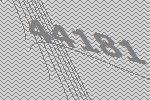
44181